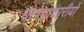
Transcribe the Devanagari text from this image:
घोषणाकारीयों